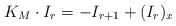
LaTeX: \begin{align*}K_M\cdot I_r = -I_{r+1}+(I_r)_x\end{align*}